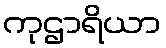
ကုဌာရိယာ